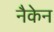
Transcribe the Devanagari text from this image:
नैकेन